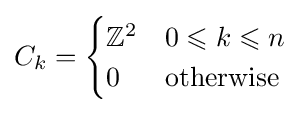
C_{k}={\begin{cases}\mathbb {Z} ^{2}&0\leqslant k\leqslant n\\0&{\text{otherwise}}\end{cases}}